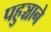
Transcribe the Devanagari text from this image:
पहुञ्चाने